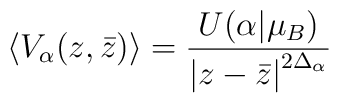
\left\langle V_{\alpha}(z,\bar{z})\right\rangle=\frac{U(\alpha|\mu_{B})}{\left| z-\bar{z}\right|^{2\Delta_{\alpha}}} \nonumber